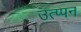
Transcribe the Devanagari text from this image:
उत्प्पन